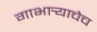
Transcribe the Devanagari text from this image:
गाभार्‍याचेच